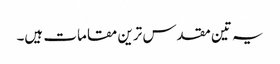
یہ تین مقدس ترین مقامات ہیں۔